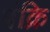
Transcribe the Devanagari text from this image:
पंक्रि